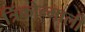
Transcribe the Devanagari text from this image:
त्रिंकोन्माली